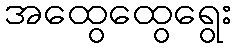
အထွေထွေရွေး